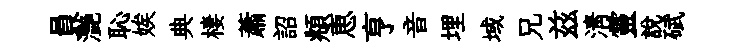
員灧恥娭典棲蕭詔頫恵亨音埋域兄兹淸靈說碔